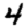
Digit: 4